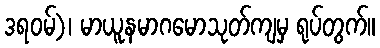
ဒရဝမ်)၊ မာယူနမာဂမောသုတ်ကျမှ ရုပ်တွက်။